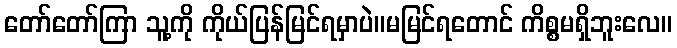
တော်တော်ကြာ သူ့ကို ကိုယ်ပြန်မြင်ရမှာပဲ။မမြင်ရတောင် ကိစ္စမရှိဘူးလေ။